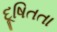
દૂષિતતા